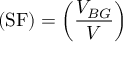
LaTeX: ( \mathrm { S F } ) = \left( \frac { V _ { B G } } { V } \right)